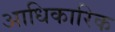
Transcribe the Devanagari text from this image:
अाधिकारिक